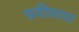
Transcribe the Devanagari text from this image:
प्रदीप्तायां